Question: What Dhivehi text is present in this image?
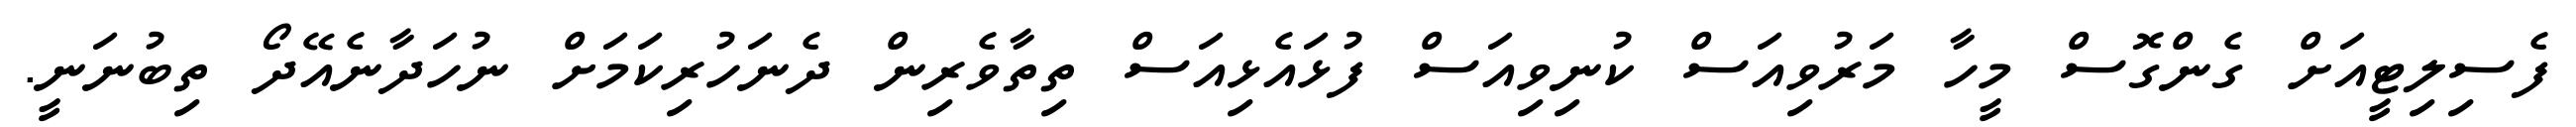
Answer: ފެސިލިޓީއަށް ގެންގޮސް މީހާ މަރުވިއަސް ކުނިވިއަސް ފުޅައެޅިއަސް ތިތާވެރިން ދެނަހުރިކަމަށް ނުހަދާނެއޭދޯ ތިބުނަނީ.